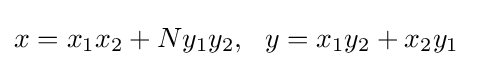
x=x_{1}x_{2}+Ny_{1}y_{2},\ \ y=x_{1}y_{2}+x_{2}y_{1}\ \